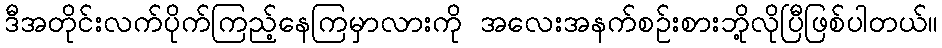
ဒီအတိုင်းလက်ပိုက်ကြည့်နေကြမှာလားကို အလေးအနက်စဉ်းစားဘို့လိုပြီဖြစ်ပါတယ်။